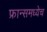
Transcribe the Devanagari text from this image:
फ्रान्समध्येच